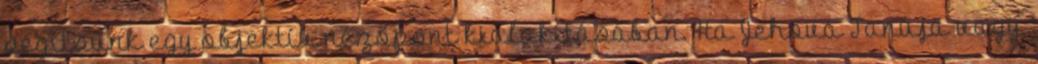
segítsünk egy objektív nézőpont kialakításában. Ha Jehova Tanúja vagy,